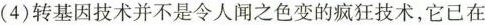
(4)转基因技术并不是令人闻之色变的疯狂技术，它已在